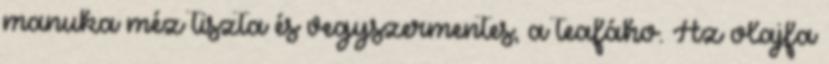
manuka méz tiszta és vegyszermentes, a teafáho. Az olajfa